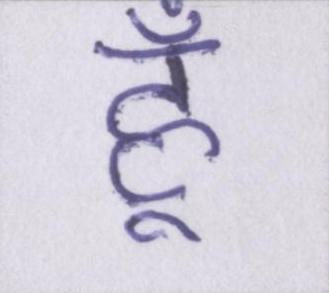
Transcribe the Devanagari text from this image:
हूँ